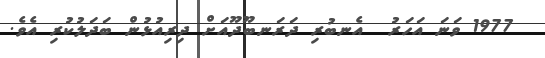
1977 ވަނަ އަހަރު  އެނބުރި ދަރަނބޫދޫއަށް ދިރިއުޅުން ބަދަލުކުރި އެވެ.